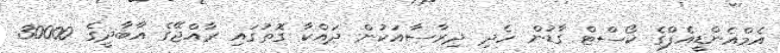
އެމްއެންޑީއެފްގެ ކޯސްޓް ގާޑުން ހެދި ދިރާސާއަކުން ދައްކާ ގޮތުގައި ރާއްޖޭގެ އާބާދީގެ 30000